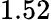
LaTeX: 1.52